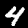
Label: 4